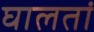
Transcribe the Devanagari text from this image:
घालतां